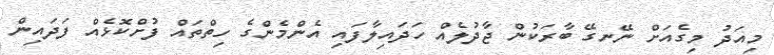
މިއަދު މިގެއަށް ނޭނގޭ ބާރަކުން ޖާދުލެއް ހަދައިލާފައި އެންމެންގެ ހިތްތައް ފުށްކޮޅެއް ފަދައިން